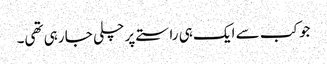
جو کب سے ایک ہی راستے پر چلی جا رہی تھی۔